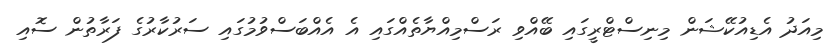
މިއަދު އެޑިއުކޭޝަން މިނިސްޓްރީގައި ބޭއްވި ރަސްމިއްޔާތެއްގައި އެ އެއްބަސްވުމުގައި ސަރުކާރުގެ ފަރާތުން ސޮއި